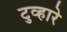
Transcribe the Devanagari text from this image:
टुव्हारे